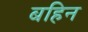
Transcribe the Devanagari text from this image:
बहिन